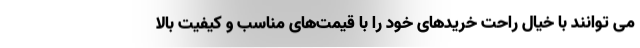
می توانند با خیال راحت خریدهای خود را با قیمت‌های مناسب و کیفیت بالا